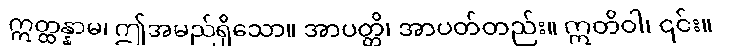
ဣတ္ထန္နာမ၊ ဤအမည်ရှိသော။ အာပတ္တိ၊ အာပတ်တည်း။ ဣတိဝါ၊ ၎င်း။